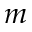
m